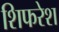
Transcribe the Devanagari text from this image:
शिफरेश